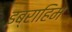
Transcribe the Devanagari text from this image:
इब्राहिम